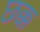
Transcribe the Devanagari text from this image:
छक्क